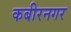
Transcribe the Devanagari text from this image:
कबीरनगर